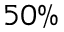
5 0 \%